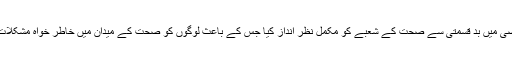
وزیر اعلی نے کہا کہ ماضی میں بد قسمتی سے صحت کے شعبے کو مکمل نظر انداز کیا جس کے باعث لوگوں کو صحت کے میدان میں خاطر خواہ مشکلات کا سامنا کرنا پڑ رہا ہے۔